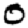
Digit: 0